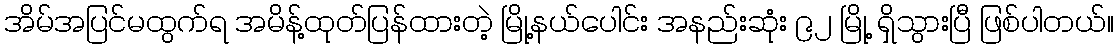
အိမ်အပြင်မထွက်ရ အမိန့်ထုတ်ပြန်ထားတဲ့ မြို့နယ်ပေါင်း အနည်းဆုံး ၉၂ မြို့ ရှိသွားပြီ ဖြစ်ပါတယ်။